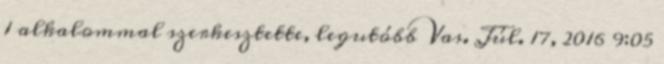
1 alkalommal szerkesztette, legutóbb Vas. Júl. 17, 2016 9:05